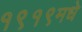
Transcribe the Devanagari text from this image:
१९१९मधे